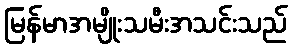
မြန်မာအမျိုးသမီးအသင်းသည်